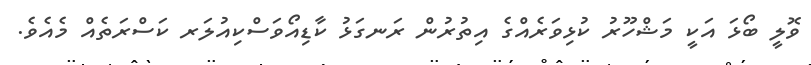
ވޮލީ ބޯޅަ އަކީ މަޝްހޫރު ކުޅިވަރެއްގެ އިތުރުން ރަނގަޅު ކާޑިއޯވަސްކިއުލަރ ކަސްރަތެއް މެއެވެ.